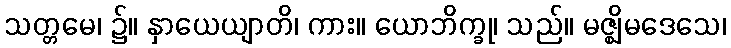
သတ္တမေ၊ ၌။ နှာယေယျာတိ၊ ကား။ ယောဘိက္ခု၊ သည်။ မဇ္ဈိမဒေသေ၊